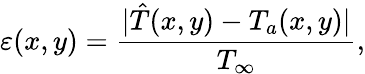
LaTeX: \varepsilon(x,y)=\frac{|\hat{T}(x,y)-T_{a}(x,y)|}{T_{\infty}},